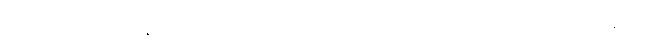
သူဝေငှခဲ့သလို မန္တလေးက အစုအငန်းရပ်ကွက်တွေအကြောင်း စာတမ်းရေးခါနီးမှာ